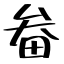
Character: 畚